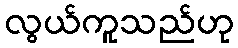
လွယ်ကူသည်ဟု